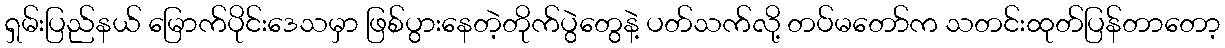
ရှမ်းပြည်နယ် မြောက်ပိုင်းဒေသမှာ ဖြစ်ပွားနေတဲ့တိုက်ပွဲတွေနဲ့ ပတ်သက်လို့ တပ်မတော်က သတင်းထုတ်ပြန်တာတော့